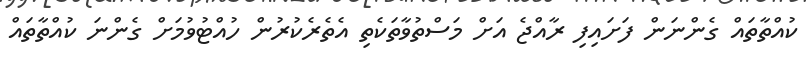
ކުއްތާތައް ގެންނަން ފަށައިފި ރާއްޖެ އަށް މަސްތުވާތަކެތި އެތެރެކުރުން ހުއްޓުވުމަށް ގެންނަ ކުއްތާތައް